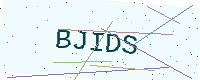
Text: BJIDS